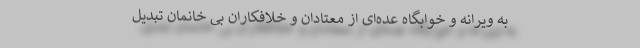
به ویرانه و خوابگاه عده‌ای از معتادان و خلافکاران بی خانمان تبدیل